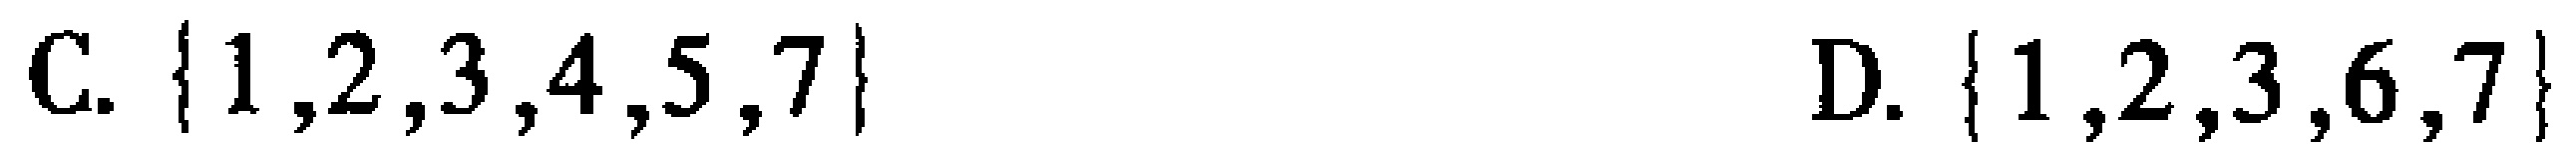
C. $\{1,2,3,4,5,7\}$  D. $\{1,2,3,6,7\}$